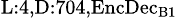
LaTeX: _{\textrm{L}:4,\textrm{D}:704,\textrm{EncDec}_{\textrm{B}1}}